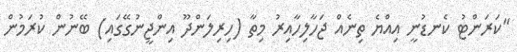
"ކަރަންޓު ކެނޑުނީ އިއްޔެ ތިނެއް ޖަހާލިހާއިރު މިތާ (ހިރިލަންދޫ އިންޖީނުގޭގައި) ބޭނުން ކުރަމުން